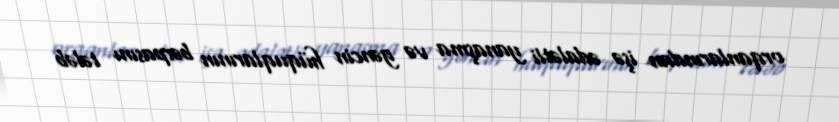
orqanlarından işə ədalətli yanaşma və gəncin hüquqlarının bərpasını tələb